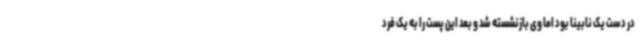
در دست یک نابینا بود اما وی بازنشسته شد و بعد این پست را به یک فرد